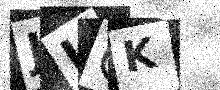
Text: JLCK